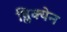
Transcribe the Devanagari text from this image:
ब्लिक्येन